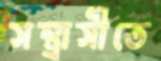
সন্ত্রাসীতে